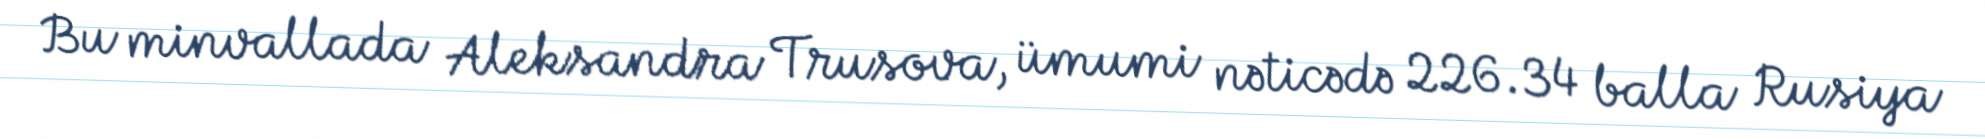
Bu minvallada Aleksandra Trusova, ümumi nəticədə 226.34 balla Rusiya